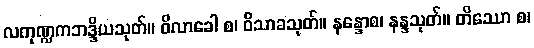
လကုဏ္ဍကဘဒ္ဒိယသုတ်။ ဝိလာခေါ စ၊ ဝိသာခသုတ်။ နန္ဒောစ၊ နန္ဒသုတ်။ တိဿော စ၊